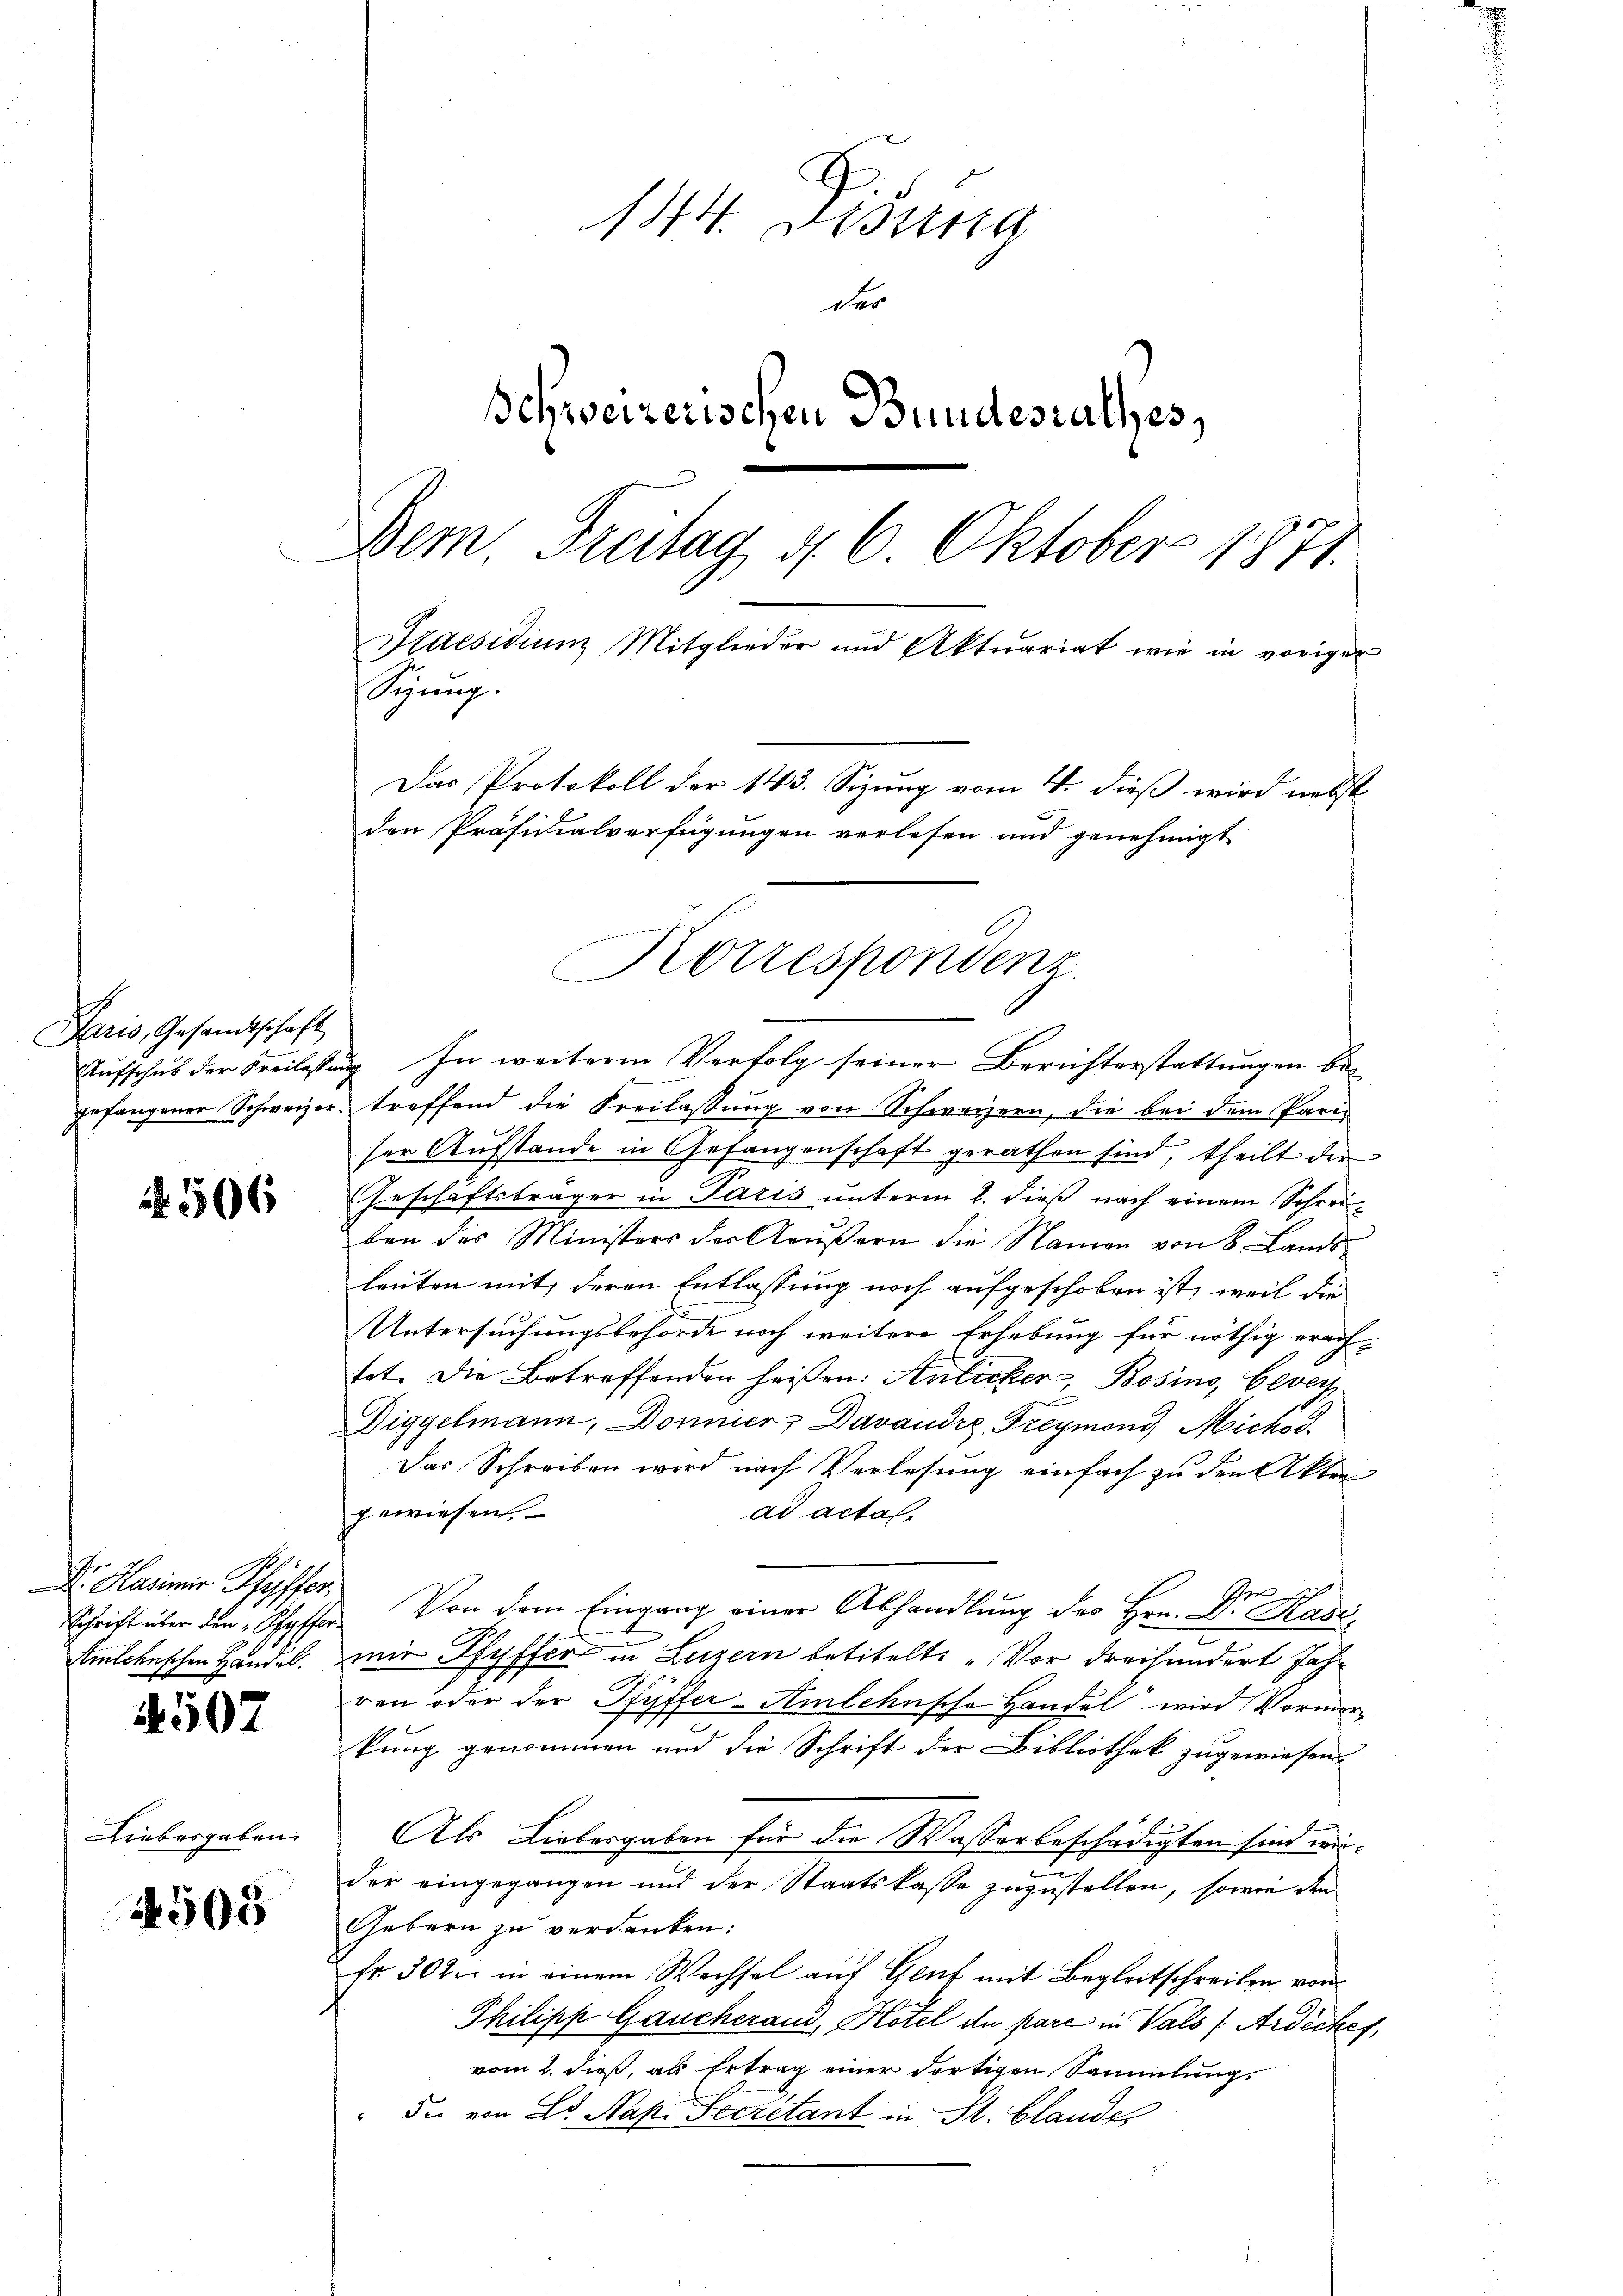
Paris, Gesandtschaft

506

Dr. Kasimir Pfyffer

4507

Liebesgaben.

4503

144. Disung
der
Schweizerischen Bundesrathes,
Dem. Freitag d. 6. Oktober 1871.
Kaesidiun Mitglieder und Aktuariat wie in voriger
Sizung.
Das Protokoll der 143. Sizung vom 4. dieß wird nebst
den Präsidialverfügungen verlesen und genehmigt

Aŭfschŭb der Freilassŭng. In weiteren Verfolg seiner Berichterstattungen begefangener Schweizer treffend die Freilaßung von Schweizern, die bei dem Paris
ser Aufstande in Gefangenschaft gerathen sind, theilt der
Geschäftsträger in Paris unterm 1. dieß nach einem Schreiben des Ministers der Kaŭβern die Namen von 8 Lands
leuten mit, deren Entlassung noch aufgeschoben ist, weil die
Untersuchungsbehörde noch weitere Erhebung für nöthig erach-
tet. Die Betreffenden heißen: Anticker, Bosino, Berech
C
Diggelmann, Donnier, Davaudre, Freymond, Michod
Das Schreiben wird nach Verlesung einfach zu den Akten
gewiesen
ad actas.
Schrift über den „Schyffer. Von dem Eingang einer Abhandlung des Hrn. Dr. Hasi,
Amlchnschen Handel. wir Pfyffer in Luzern betitelt: „Vor Freihundert Jah¬
C
ren oder der Pfyffer-Amlehnsche Handel wird Vormorkung genommen und die Schrift der Bibliothek zugewiesen
Als Liebesgaben für die Wasserbeschädigten sind wirder eingegangen und der Staatskasse zuzustellen, sowie den
Gebern zu verdanken:
fr. 302. in einem Wechsel auf Genf mit Begleitschreiben vom
Philipp Gaucherand, Hotel de pare in Vals (Ardicket,
vom 2. dieß, als Ertrag einer dortigen Sammlung.
" die von L. Nap. Secretant in St. Blandes

Korrespondenz.